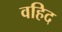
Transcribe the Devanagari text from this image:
वहिद